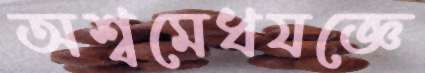
অশ্বমেধযজ্ঞে